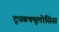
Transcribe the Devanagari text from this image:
ट्यूबक्यूलोसिस